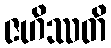
ဇဟိဿတိ